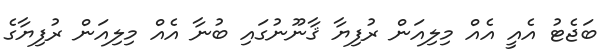
ބަޖެޓު އެއީ އެއް މިލިއަން ރުފިޔާ ޤާނޫނުގައި ބުނާ އެއް މިލިއަން ރުފިޔާގެ